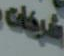
شركات